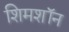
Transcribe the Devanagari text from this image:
शिमशॉन